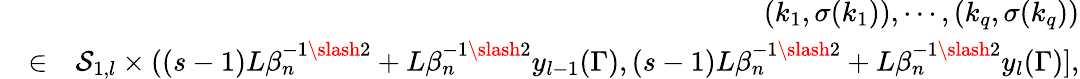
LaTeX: \begin{array}{rlr}&{}&{(k_{1},\sigma(k_{1})),\cdots,(k_{q},\sigma(k_{q}))}\\ &{\in}&{\mathcal{S}_{1,l}\times((s-1)L\beta_{n}^{-1\slash 2}+L\beta_{n}^{-1\slash 2}y_{l-1}(\Gamma),(s-1)L\beta_{n}^{-1\slash 2}+L\beta_{n}^{-1\slash 2}y_{l}(\Gamma)],}\end{array}